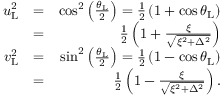
\begin{array} { r l r } { u _ { \mathrm { L } } ^ { 2 } } & { = } & { \cos ^ { 2 } \left( \frac { \theta _ { \mathrm { L } } } { 2 } \right) = \frac { 1 } { 2 } \left( 1 + \cos \theta _ { \mathrm { L } } \right) } \\ & { = } & { \frac { 1 } { 2 } \left( 1 + \frac { \xi } { \sqrt { \xi ^ { 2 } + \Delta ^ { 2 } } } \right) } \\ { v _ { \mathrm { L } } ^ { 2 } } & { = } & { \sin ^ { 2 } \left( \frac { \theta _ { \mathrm { L } } } { 2 } \right) = \frac { 1 } { 2 } \left( 1 - \cos \theta _ { \mathrm { L } } \right) } \\ & { = } & { \frac { 1 } { 2 } \left( 1 - \frac { \xi } { \sqrt { \xi ^ { 2 } + \Delta ^ { 2 } } } \right) . } \end{array}